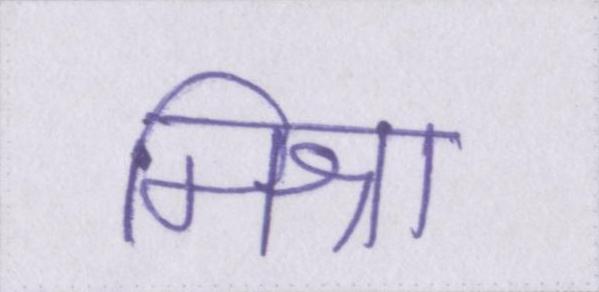
मिश्रा